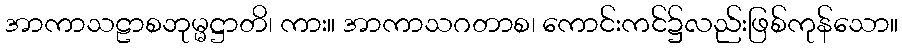
အာကာသဠာစဘုမ္မဋ္ဌာတိ၊ ကား။ အာကာသဂတာစ၊ ကောင်းကင်၌လည်းဖြစ်ကုန်သော။